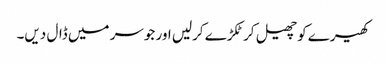
کھیرے کو چھیل کر ٹکڑے کرلیں اور جوسر میں ڈال دیں۔